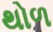
થોળ